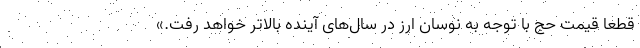
قطعا قیمت حج با توجه به نوسان ارز در سال‌های آینده بالاتر خواهد رفت.»